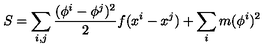
S = \sum _ { i , j } { \frac { ( \phi ^ { i } - \phi ^ { j } ) ^ { 2 } } { 2 } } f ( x ^ { i } - x ^ { j } ) + \sum _ { i } m ( \phi ^ { i } ) ^ { 2 }